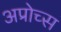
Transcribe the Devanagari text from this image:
अप्रोच्स